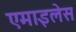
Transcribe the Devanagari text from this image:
एमाइलेस